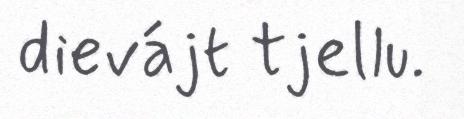
dievájt tjellu.